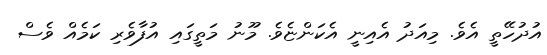
އުދުހޭތީ އެވެ. މިއަދު އެއިނީ އެކަންޏެވެ. މޫނު މަތީގައި އުފާވެރި ކަމެއް ވެސް